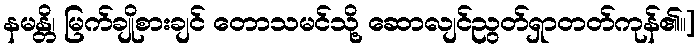
နမန္တိ၊ မြက်ချိုစားချင် တောသမင်သို့ ဆောလျင်ညွတ်ရှာတတ်ကုန်၏။]